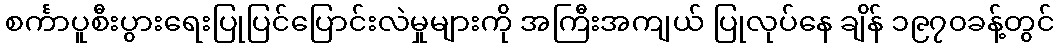
စင်္ကာပူစီးပွားရေးပြုပြင်ပြောင်းလဲမှုများကို အကြီးအကျယ် ပြုလုပ်နေ ချိန် ၁၉၇၀ခန့်တွင်